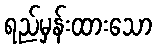
ရည်မှန်းထားသော